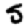
Digit: 5